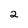
Character: 2